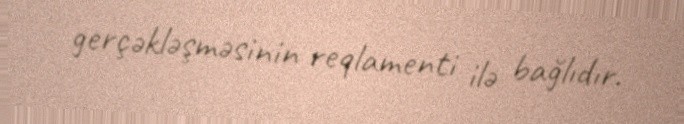
gerçəkləşməsinin reqlamenti ilə bağlıdır.